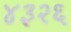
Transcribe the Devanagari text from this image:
४३२६